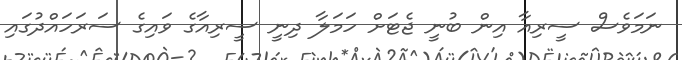
ނަމަވެސް ސީރިއާ އިން ބުނީ ޖެޓަށް ހަމަލާ ދިނީ ސީރިއާގެ ވައިގެ ސަރަހައްދުގައި